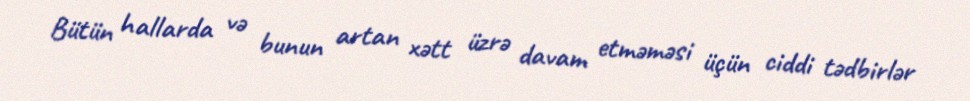
Bütün hallarda və bunun artan xətt üzrə davam etməməsi üçün ciddi tədbirlər